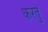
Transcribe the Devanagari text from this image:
करतु